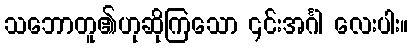
သဘောတူ၏ဟုဆိုကြသော ၎င်းအင်္ဂါ လေးပါး။